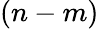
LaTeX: (n-m)